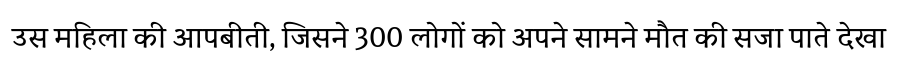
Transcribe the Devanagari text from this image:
उस महिला की आपबीती, जिसने 300 लोगों को अपने सामने मौत की सजा पाते देखा